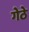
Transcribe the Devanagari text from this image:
गेठे